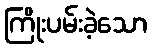
ကြိုးပမ်းခဲ့သော